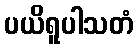
ပယိရူပါသတံ